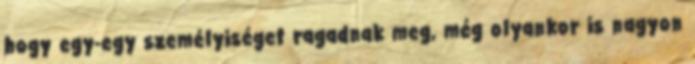
hogy egy-egy személyiséget ragadnak meg, még olyankor is nagyon